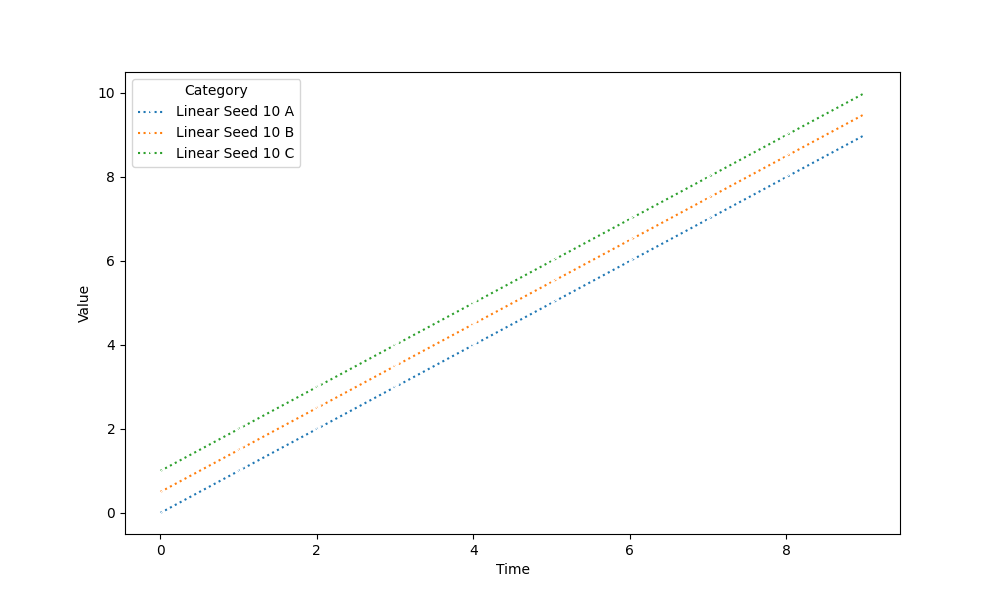
python, seaborn, lineplot, style='dotted', marker='x'